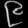
Digit: ၉